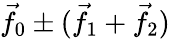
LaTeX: {\vec{f}}_{0}\pm({\vec{f}}_{1}+{\vec{f}}_{2})